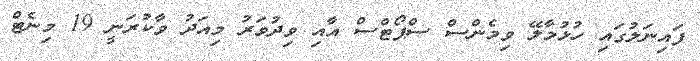
ފައިނަލުގައި ހުޅުމާލޭ ވިމެންސް ސްޕޯޓްސް އާއި ވިދުވަރު މިއަދު ވާކުރަނީ 19 މިނެޓް